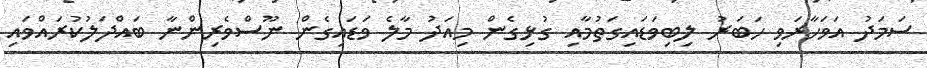
ސަމަދު އަވަހާރަވި ހަބަރު ލިބިވަޑައިގަތުމާއި ގުޅިގެން މިއަދު މާލެ ވަޑައިގެން ނޫސްވެރިންނާ ބައްދަލުކުރައްވައި